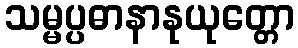
သမ္မပ္ပဓာနာနုယုတ္တော